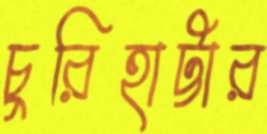
চুরিহাট্টার